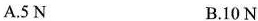
A.5N B.10N